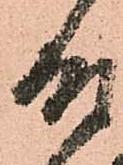
殿